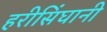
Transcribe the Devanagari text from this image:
हरीसिंघानी